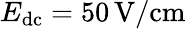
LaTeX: E_{\mathrm{dc}}=50\, \mathrm{V/cm}